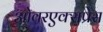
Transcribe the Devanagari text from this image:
ओवरएक्सप्रेस